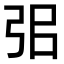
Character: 𢏈